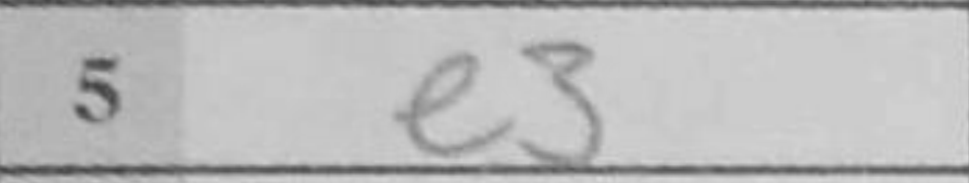
Transcription: e3